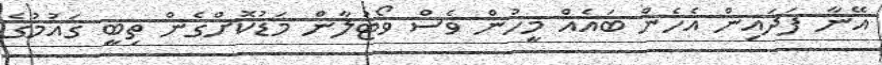
އޭނާ ފަދައިން އެހެން ބައެއް މީހުން ވެސް ވޯޓުލާން މަޑުކޮށްގެން ތިބީ ގައުމުގެ